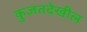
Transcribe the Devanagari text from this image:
कुजतदेखील